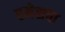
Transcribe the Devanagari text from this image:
रमेशचा